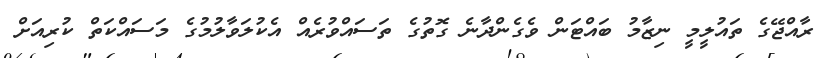
ރާއްޖޭގެ ތައުލީމީ ނިޒާމު ބައްޓަން ވެގެންދާނެ ގޮތުގެ ތަސައްވުރެއް އެކުލަވާލުމުގެ މަސައްކަތް ކުރިއަށް